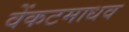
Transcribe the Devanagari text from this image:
वेंकटमाधव